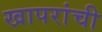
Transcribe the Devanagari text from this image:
खापरांची